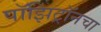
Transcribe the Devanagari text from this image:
पॉझिट्रॉनचा